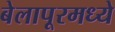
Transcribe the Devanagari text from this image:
बेलापूरमध्ये